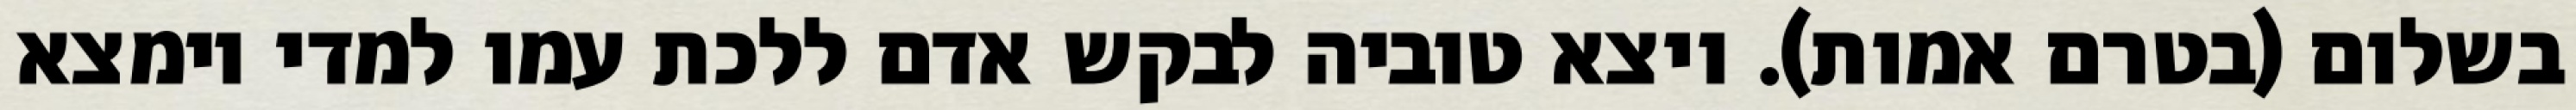
בשלום (בטרם אמות). ויצא טוביה לבקש אדם ללכת עמו למדי וימצא